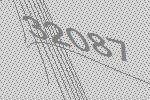
32087